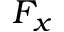
F _ { x }